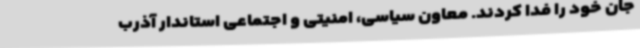
جان خود را فدا کردند. معاون سیاسی، امنیتی و اجتماعی استاندار آذرب